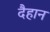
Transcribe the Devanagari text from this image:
दैहान